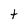
Character: t